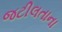
જટીલતાના